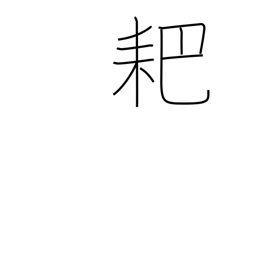
Meaning: forked hoe